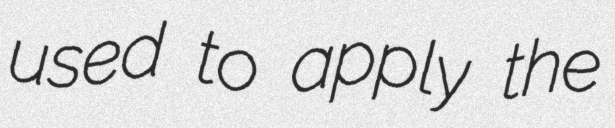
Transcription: used to apply the